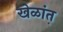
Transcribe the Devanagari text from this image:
खेळांत़